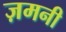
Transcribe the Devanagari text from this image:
ज़मनी